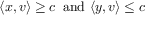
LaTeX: \langle x , v \rangle \geq c \, { \mathrm { ~ a n d ~ } } \langle y , v \rangle \leq c